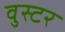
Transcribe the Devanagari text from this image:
वुस्टर